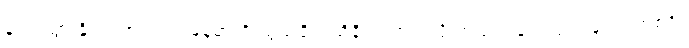
နည်းသွားနိုင်တဲ့အတွက် မြန်မာကို သွယ်ဝိုက်ထိခိုက်တာပဲ လို့ အထည်ချုပ်လုပ်ငန်းရှင်တစ်ဦး